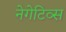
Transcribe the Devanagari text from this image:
नेगेटिव्स